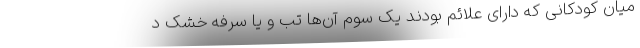
میان کودکانی که دارای علائم بودند یک سوم آن‌ها تب و یا سرفه خشک د